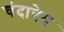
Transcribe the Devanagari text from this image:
चंदात्रेय